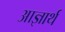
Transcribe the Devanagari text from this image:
आज्ञार्थ